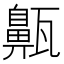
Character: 齀